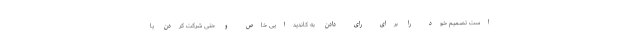
است تصمیم خود را برای رای دادن به کاندیدایی خاص و حتی شرکت کردن یا